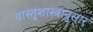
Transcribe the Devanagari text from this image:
वास्तुशास्त्रानुसार